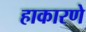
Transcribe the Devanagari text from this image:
हाकारणे